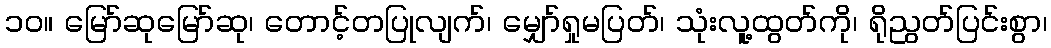
၁၀။ မြော်ဆုမြော်ဆု၊ တောင့်တပြုလျက်၊ မျှော်ရှုမပြတ်၊ သုံးလူ့ထွတ်ကို၊ ရိုညွတ်ပြင်းစွာ၊